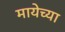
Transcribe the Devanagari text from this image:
मायेच्या